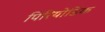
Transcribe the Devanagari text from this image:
पिरियोडिक